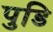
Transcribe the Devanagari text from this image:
पुडि